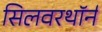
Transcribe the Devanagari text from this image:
सिलवरथॉर्न